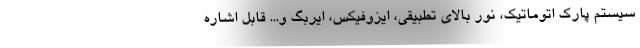
سیستم پارک اتوماتیک، نور بالای تطبیقی، ایزوفیکس، ایربگ و... قابل اشاره